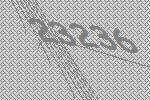
23236